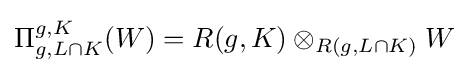
\Pi _{g,L\cap K}^{g,K}(W)=R(g,K)\otimes _{R(g,L\cap K)}W